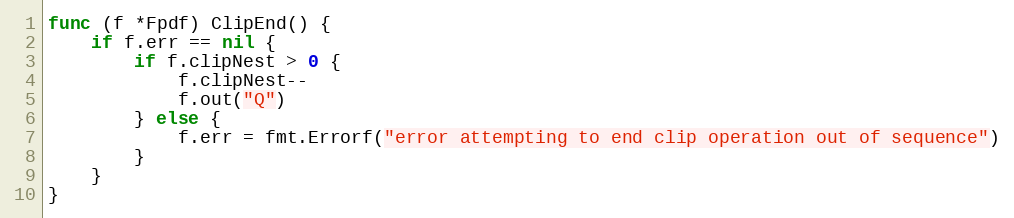
Language: Go
func (f *Fpdf) ClipEnd() {
	if f.err == nil {
		if f.clipNest > 0 {
			f.clipNest--
			f.out("Q")
		} else {
			f.err = fmt.Errorf("error attempting to end clip operation out of sequence")
		}
	}
}